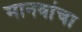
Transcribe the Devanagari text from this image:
मानवांचा